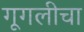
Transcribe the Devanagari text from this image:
गूगलीचा